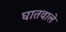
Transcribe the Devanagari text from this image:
घातवाले